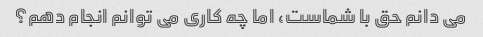
می دانم حق با شماست، اما چه کاری می توانم انجام دهم؟